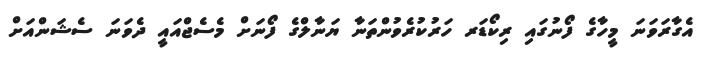
އެގާރަވަނަ މީހާގެ ފޯނުގައި ރިކޯޑަރ ހަރުކުރެވުންތަނާ ޔަނާލްގެ ފޯނަށް މެސެޖްއައީ ދެވަނަ ސެޝަންއަށް